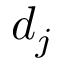
d _ { j }